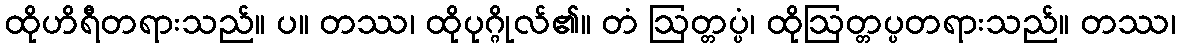
ထိုဟိရီတရားသည်။ ပ။ တဿ၊ ထိုပုဂ္ဂိုလ်၏။ တံ ဩတ္တပ္ပံ၊ ထိုဩတ္တပ္ပတရားသည်။ တဿ၊